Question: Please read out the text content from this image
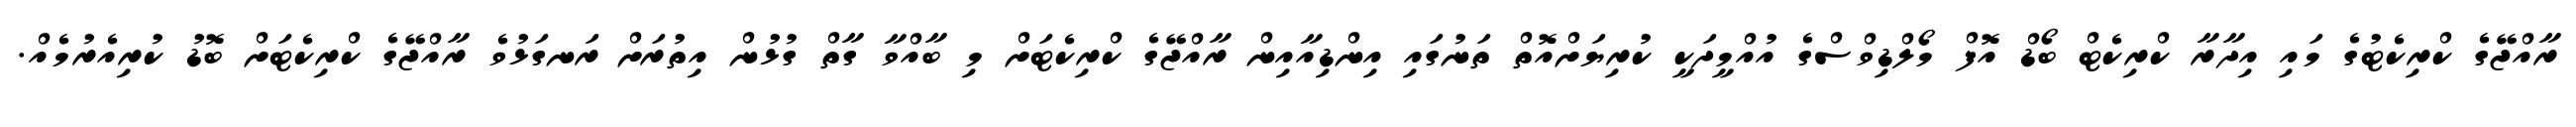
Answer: ރާއްޖޭގެ ކްރިކެޓުގެ މައި އިދާރާ ކްރިކެޓް ބޯޑް އޮފް މޯލްޑިވްސްގެ އުއްމީދަކީ ކުރިޔަށްއޮތް ތަނުގައި އިންޑިއާއިން ރާއްޖޭގެ ކްރިކެޓަށް މި ބާއްވާ ގާތް ގުޅުން އިތުރަށް ރަނގަޅުވެ ރާއްޖޭގެ ކްރިކެޓަށް ބޮޑު ކުރިއެރުމެއް.